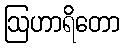
ဩဟာရိတော